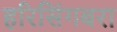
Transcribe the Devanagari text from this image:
हरिसिंगबरा